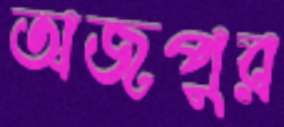
অজপুর